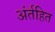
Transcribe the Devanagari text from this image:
अंर्तहित